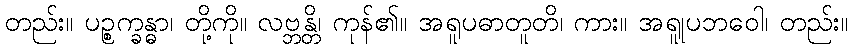
တည်း။ ပဉ္စက္ခန္ဓာ၊ တို့ကို။ လဗ္ဘန္တိ၊ ကုန်၏။ အရူပဓာတူတိ၊ ကား။ အရူုပဘဝေါ၊ တည်း။